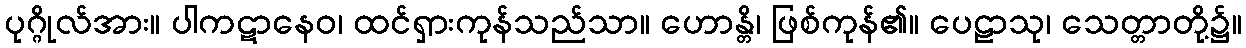
ပုဂ္ဂိုလ်အား။ ပါကဋာနေဝ၊ ထင်ရှားကုန်သည်သာ။ ဟောန္တိ၊ ဖြစ်ကုန်၏။ ပေဠာသု၊ သေတ္တာတို့၌။